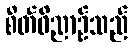
စိတ်ဝိညာဉ်သည်